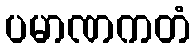
ပမာဏကတံ